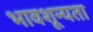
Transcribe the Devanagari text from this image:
भावशून्यता